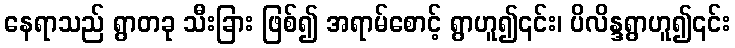
နေရာသည် ရွာတခု သီးခြား ဖြစ်၍ အရာမ်စောင့် ရွာဟူ၍၎င်း၊ ပိလိန္ဒရွာဟူ၍၎င်း